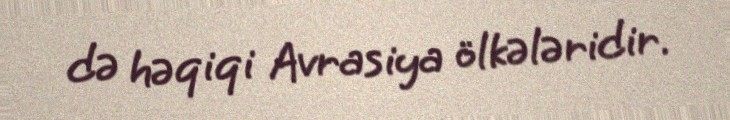
də həqiqi Avrasiya ölkələridir.